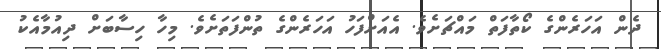
ދެން އަހަރެންގެ ކޯތާފަތް މައްޗަށެވެ. އެއަށްފަހު އަހަރެންގެ ތުންފަތަށެވެ. މިހާ ހިސާބަށް ދިއުމާއެކު